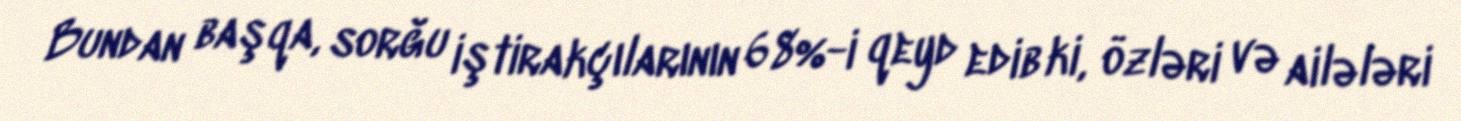
Bundan başqa, sorğu iştirakçılarının 68%-i qeyd edib ki, özləri və ailələri